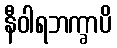
နီဝါရဘက္ခာပိ